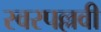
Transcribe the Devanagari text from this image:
स्वरपल्लवी